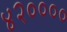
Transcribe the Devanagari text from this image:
४२००००